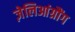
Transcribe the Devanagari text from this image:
ज़ेलिआंग्रौंग